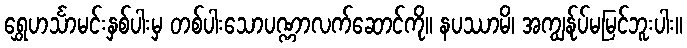
ရွှေဟင်္သာမင်းနှစ်ပါးမှ တစ်ပါးသောပဏ္ဏာလက်ဆောင်ကို။ နပဿာမိ၊ အကျွန်ုပ်မမြင်ဘူးပါး။